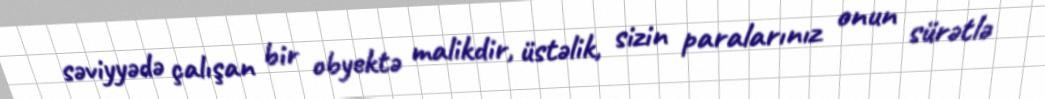
səviyyədə çalışan bir obyektə malikdir, üstəlik, sizin paralarınız onun sürətlə